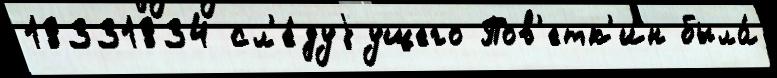
18331834 сл'е́дуjущего Пов'етк'ин была́